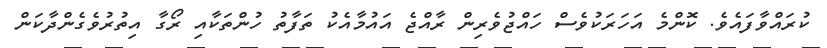
ކުރައްވާފައެވެ. ކޮންމެ އަހަރަކުވެސް ހައްޖުވެރިން ރާއްޖެ އައުމާއެކު ތަފާތު ހުންތަކާއި ރޯގާ އިތުރުވެގެންދާކަން